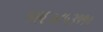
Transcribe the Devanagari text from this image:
१९६०८५३११०